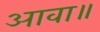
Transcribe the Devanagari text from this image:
आवा॥